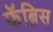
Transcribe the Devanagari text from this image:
फॅब्रिस